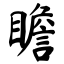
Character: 瞻